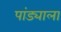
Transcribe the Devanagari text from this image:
पांड्याला